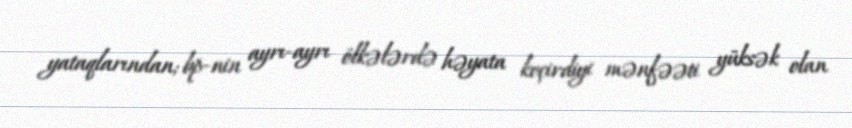
yataqlarından; bp-nin ayrı-ayrı ölkələrdə həyata keçirdiyi mənfəəti yüksək olan